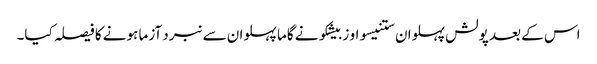
اس کے بعد پولش پہلوان ستنیسواو زبیشکو نے گاما پہلوان سے نبرد آزما ہونے کا فیصلہ کیا۔